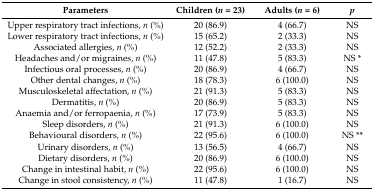
<table><thead><tr><td><b>Parameters</b></td><td><b>Children (<i>n</i> = 23)</b></td><td><b>Adults (<i>n</i> = 6)</b></td><td><b><i>p</i></b></td></tr></thead><tbody><tr><td>Upper respiratory tract infections, <i>n</i> (%)</td><td>20 (86.9)</td><td>4 (66.7)</td><td>NS</td></tr><tr><td>Lower respiratory tract infections, <i>n</i> (%)</td><td>15 (65.2)</td><td>2 (33.3)</td><td>NS</td></tr><tr><td>Associated allergies, <i>n</i> (%)</td><td>12 (52.2)</td><td>2 (33.3)</td><td>NS</td></tr><tr><td>Headaches and/or migraines, <i>n</i> (%)</td><td>11 (47.8)</td><td>5 (83.3)</td><td>NS *</td></tr><tr><td>Infectious oral processes, <i>n</i> (%)</td><td>20 (86.9)</td><td>4 (66.7)</td><td>NS</td></tr><tr><td>Other dental changes, <i>n</i> (%)</td><td>18 (78.3)</td><td>6 (100.0)</td><td>NS</td></tr><tr><td>Musculoskeletal affectation, <i>n</i> (%)</td><td>21 (91.3)</td><td>5 (83.3)</td><td>NS</td></tr><tr><td>Dermatitis, <i>n</i> (%)</td><td>20 (86.9)</td><td>5 (83.3)</td><td>NS</td></tr><tr><td>Anaemia and/or ferropaenia, <i>n</i> (%)</td><td>17 (73.9)</td><td>5 (83.3)</td><td>NS</td></tr><tr><td>Sleep disorders, <i>n</i> (%)</td><td>21 (91.3)</td><td>6 (100.0)</td><td>NS</td></tr><tr><td>Behavioural disorders, <i>n</i> (%)</td><td>22 (95.6)</td><td>6 (100.0)</td><td>NS **</td></tr><tr><td>Urinary disorders, <i>n</i> (%)</td><td>13 (56.5)</td><td>4 (66.7)</td><td>NS</td></tr><tr><td>Dietary disorders, <i>n</i> (%)</td><td>20 (86.9)</td><td>6 (100.0)</td><td>NS</td></tr><tr><td>Change in intestinal habit, <i>n</i> (%)</td><td>22 (95.6)</td><td>6 (100.0)</td><td>NS</td></tr><tr><td>Change in stool consistency, <i>n</i> (%)</td><td>11 (47.8)</td><td>1 (16.7)</td><td>NS</td></tr></tbody></table>